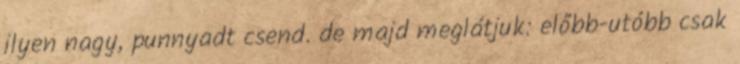
ilyen nagy, punnyadt csend. de majd meglátjuk: előbb-utóbb csak